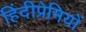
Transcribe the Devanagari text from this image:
हिंदीप्रेमियों